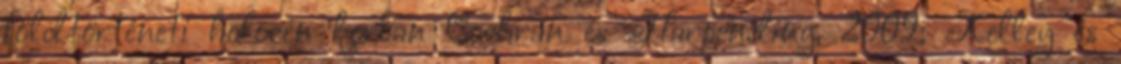
földtörténeti holocén korban Cochran és Harpending, 2009; Kelley és